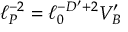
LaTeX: \ell _ { P } ^ { - 2 } = \ell _ { 0 } ^ { - D ^ { \prime } + 2 } V _ { B } ^ { \prime }